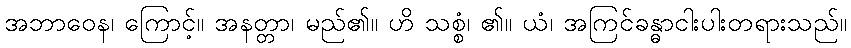
အဘာဝေန၊ ကြောင့်။ အနတ္တာ၊ မည်၏။ ဟိ သစ္စံ၊ ၏။ ယံ၊ အကြင်ခန္ဓာငါးပါးတရားသည်။